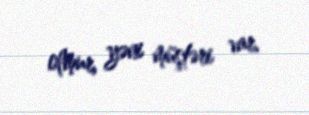
olmur, yəni müştəri var.